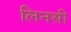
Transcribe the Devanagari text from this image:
लिनसी